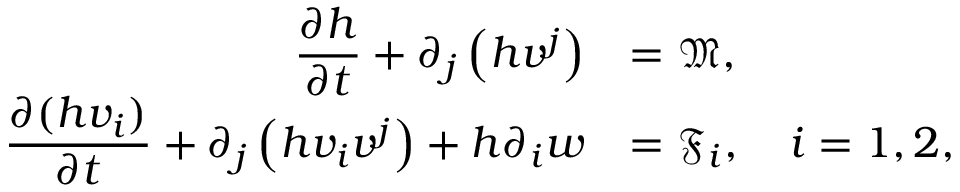
\begin{array} { r l } { \displaystyle \frac { \partial h } { \partial t } + \partial _ { j } \left( h v ^ { j } \right) } & { = \mathfrak { M } , } \\ { \displaystyle \frac { \partial ( h v _ { i } ) } { \partial t } + \partial _ { j } \left( h v _ { i } v ^ { j } \right) + h \partial _ { i } w } & { = \mathfrak { F } _ { i } , \quad i = 1 , 2 , } \end{array}